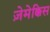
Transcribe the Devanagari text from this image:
ज़ेमेक्किस